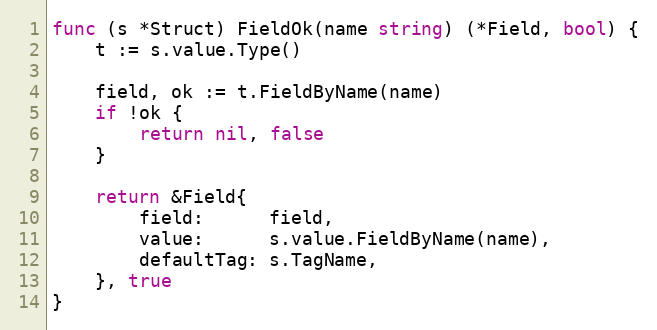
Language: Go
func (s *Struct) FieldOk(name string) (*Field, bool) {
	t := s.value.Type()

	field, ok := t.FieldByName(name)
	if !ok {
		return nil, false
	}

	return &Field{
		field:      field,
		value:      s.value.FieldByName(name),
		defaultTag: s.TagName,
	}, true
}